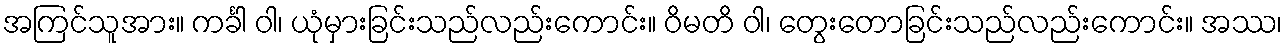
အကြင်သူအား။ ကင်္ခါ ဝါ၊ ယုံမှားခြင်းသည်လည်းကောင်း။ ဝိမတိ ဝါ၊ တွေးတောခြင်းသည်လည်းကောင်း။ အဿ၊